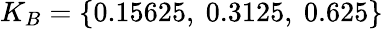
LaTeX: K_{B}=\{ 0.15625,\ 0.3125,\ 0.625\}